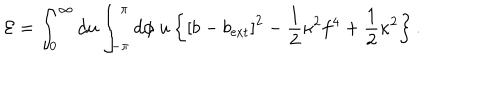
{ \cal E } = \int _ { 0 } ^ { \infty } d u \int _ { - \pi } ^ { \pi } d \phi \ u \left\{ \left[ b - b _ { \mathrm { e x t } } \right] ^ { 2 } - \frac { 1 } { 2 } \kappa ^ { 2 } f ^ { 4 } + \frac { 1 } { 2 } \kappa ^ { 2 } \right\} .